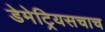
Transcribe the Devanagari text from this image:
डेमेट्रियसचाच